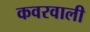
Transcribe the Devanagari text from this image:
कवरवाली